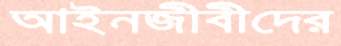
আইনজীবীদের